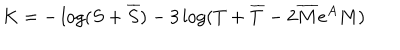
LaTeX: K = - \log ( S + \overline { { S } } ) - 3 \log ( T + \overline { { T } } - 2 \overline { { M } } e ^ { A } M )